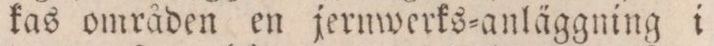
kas områden en jernwerks=anläggning i